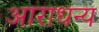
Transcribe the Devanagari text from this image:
आराधन्य